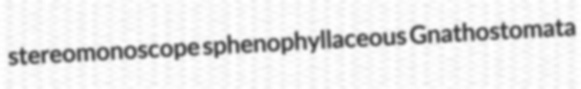
stereomonoscope sphenophyllaceous Gnathostomata